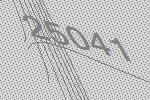
25041